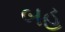
બહ